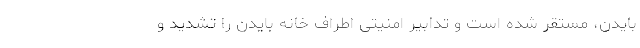
بایدن، مستقر شده است و تدابیر امنیتی اطراف خانه بایدن را تشدید و